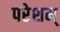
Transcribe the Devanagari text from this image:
परेशम्